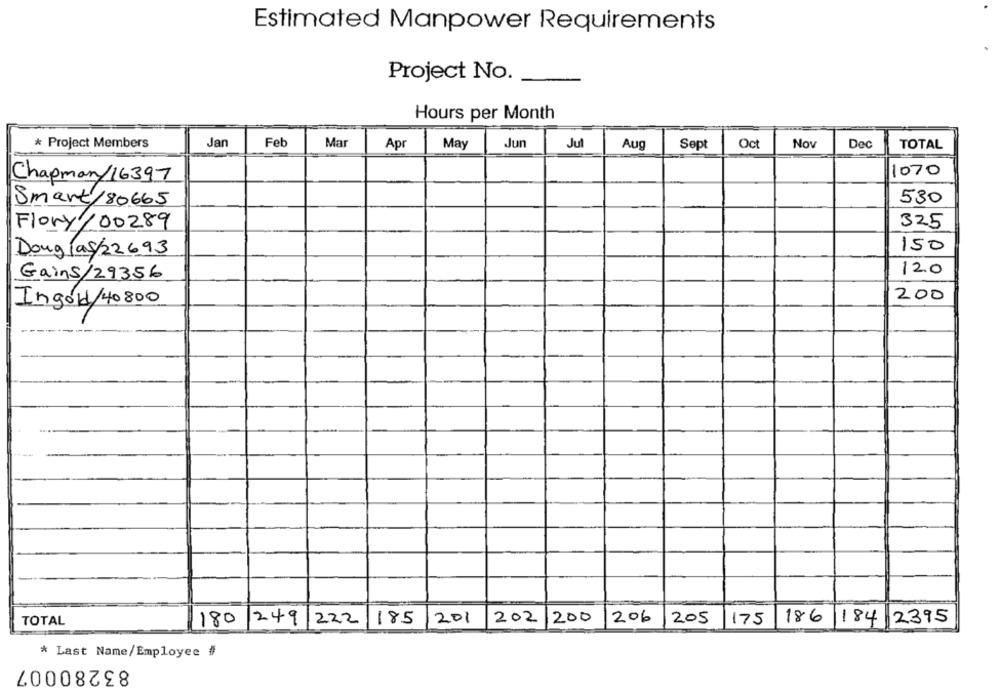
Estimated Manpower Requirements
Project No.
Hours per Month
* Project Members
Jan
Feb
Mar
Apr
May
Jun
Jul
Aug
Sept
Oct
Nov
Dec
TOTAL
1070
Chapman/16397
530
Smart/80665
Flory/00289
325
150
Douglas/22693
120
Gains/29356
200
Ingold/40800
200
206
TOTAL
180 249 222
185
201
202
205
175
186 184 2395
* Last Name/Employee #
83280007